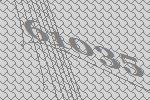
61035